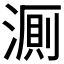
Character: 𬈦